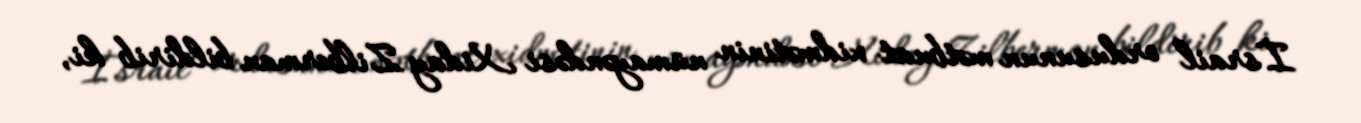
İsrail ordusunun mətbuat xidmətinin nümayəndəsi Xiday Zilberman bildirib ki,